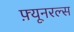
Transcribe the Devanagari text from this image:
फ़्यूनरल्स